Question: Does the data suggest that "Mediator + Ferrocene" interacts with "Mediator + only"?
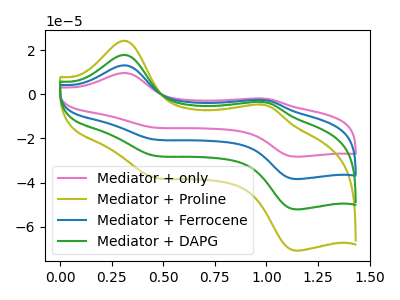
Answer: <think>The pink curve "Mediator + only" has anodic peaks at (0.30V, 53.80uA) (0.95V, -10.20uA) and cathodic peaks at (0.45V, -82.00uA) (1.15V, -156.40uA). The olive curve "Mediator + Proline" has anodic peaks at (0.30V, 24.35uA) (0.95V, -4.60uA) and cathodic peaks at (0.45V, -37.15uA) (1.15V, -70.85uA). The blue curve "Mediator + Ferrocene" has anodic peaks at (0.30V, 35.90uA) (0.95V, -6.80uA) and cathodic peaks at (0.45V, -54.65uA) (1.15V, -104.30uA). The green curve "Mediator + DAPG" has anodic peaks at (0.30V, 17.95uA) (0.95V, -3.40uA) and cathodic peaks at (0.45V, -27.35uA) (1.15V, -52.15uA).
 All the peaks in "Mediator + Ferrocene" have a peak in "Mediator + only" at the same potential.</think>
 <answer>No, "Mediator + Ferrocene" and "Mediator + only" don't appear to be significantly different in shape</answer>
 <eval>no_change</eval>